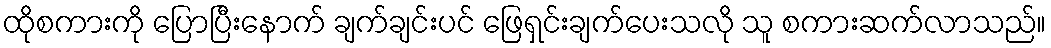
ထိုစကားကို ပြောပြီးနောက် ချက်ချင်းပင် ဖြေရှင်းချက်ပေးသလို သူ စကားဆက်လာသည်။